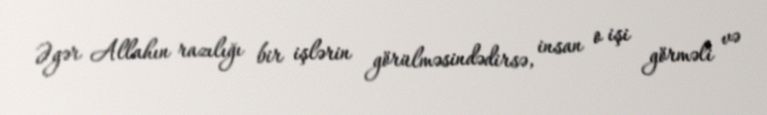
Əgər Allahın razılığı bir işlərin görülməsindədirsə, insan o işi görməli və